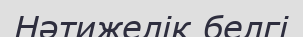
Нәтижелік белгі